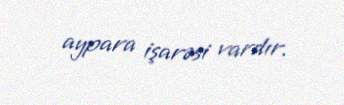
aypara işarəsi vardır.